Leaving Certificate Examination, 1915
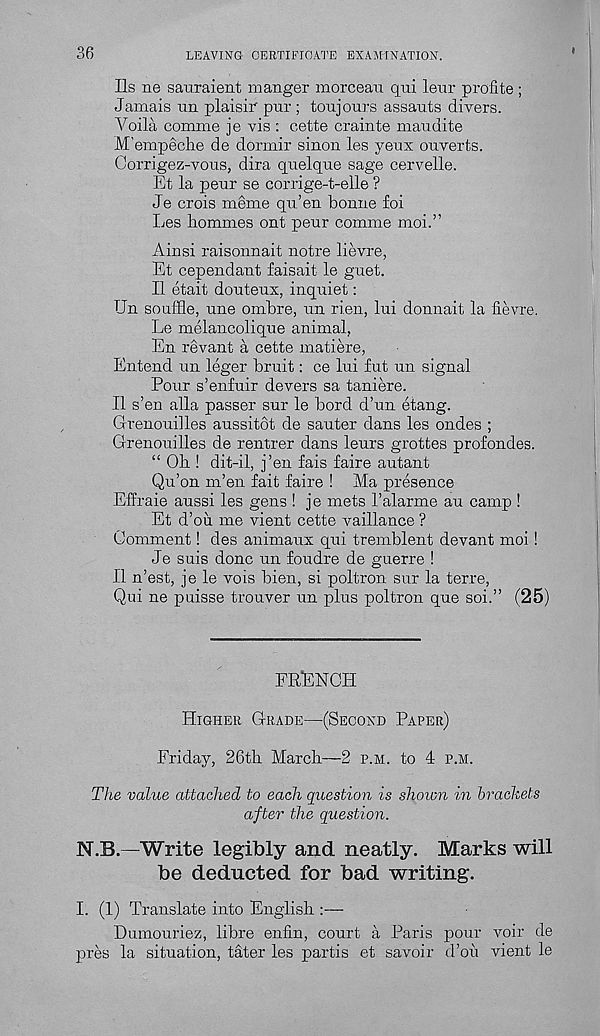
36
LEAVING CERTIFICATE EXAMINATION.
Ils ne sauraient manger morceau qni leur profite;
Jamais tin plaisir pur ; toujours assauts divers.
Voila comm© j e vis : cette crainte maudite
M’empeche de dormir sinon les yeux ouverts.
Corrigez-vous, dira quelque sage cervelle.
Et la peur se corrige-t-elle ?
Je crois meme qu’en bonne foi
lies homines ont peur com me moi.”
Ainsi raisonnait notre lievre,
Et cependant faisait le guet.
II etait douteux, inquiet:
Un souffle, une ombre, un rien, lui donnait la fievre.
Le melancolique animal,
En revant a cette matiere,
Entend un leger bruit: ce lui fut un signal
Pour s’enfuir devers sa taniere.
II s’en alia passer sur le bord d’un etang.
Grenouilles aussitot de sauter dans les ondes ;
Grenouilles de rentrer dans leurs grottes profondes.
“ Oh ! dit-il, j’en fais faire autant
Qu’on m’en fait faire ! Ma presence
Effraie aussi les gens ! je mets 1’alarme au camp !
Et d’ou me vient cette vaillance ?
Comment! des animaux qui tremblent devant moi !
Je suis done un foudre de guerre !
II n’est, je le vois bien, si poltron sur la terre,
Qui ne puisse trouver un plus poltron que soi.” (25)
FRENCH
Higher Grade—(Second Paper)
Friday, 26th March—2 p.m. to 4 p.m.
The value attached to each question is shown in brackets
after the question.
N.B.—Write legibly and neatly. Marks will
be deducted for bad writing.
I. (1) Translate into English
Dumouriez, libre enfin, court a Paris pour voir de
pres la situation, tater les partis et savoir d’ou vient le